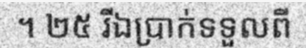
។ ២៥ រីឯប្រាក់ទទួលពី